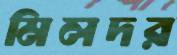
মিলদর